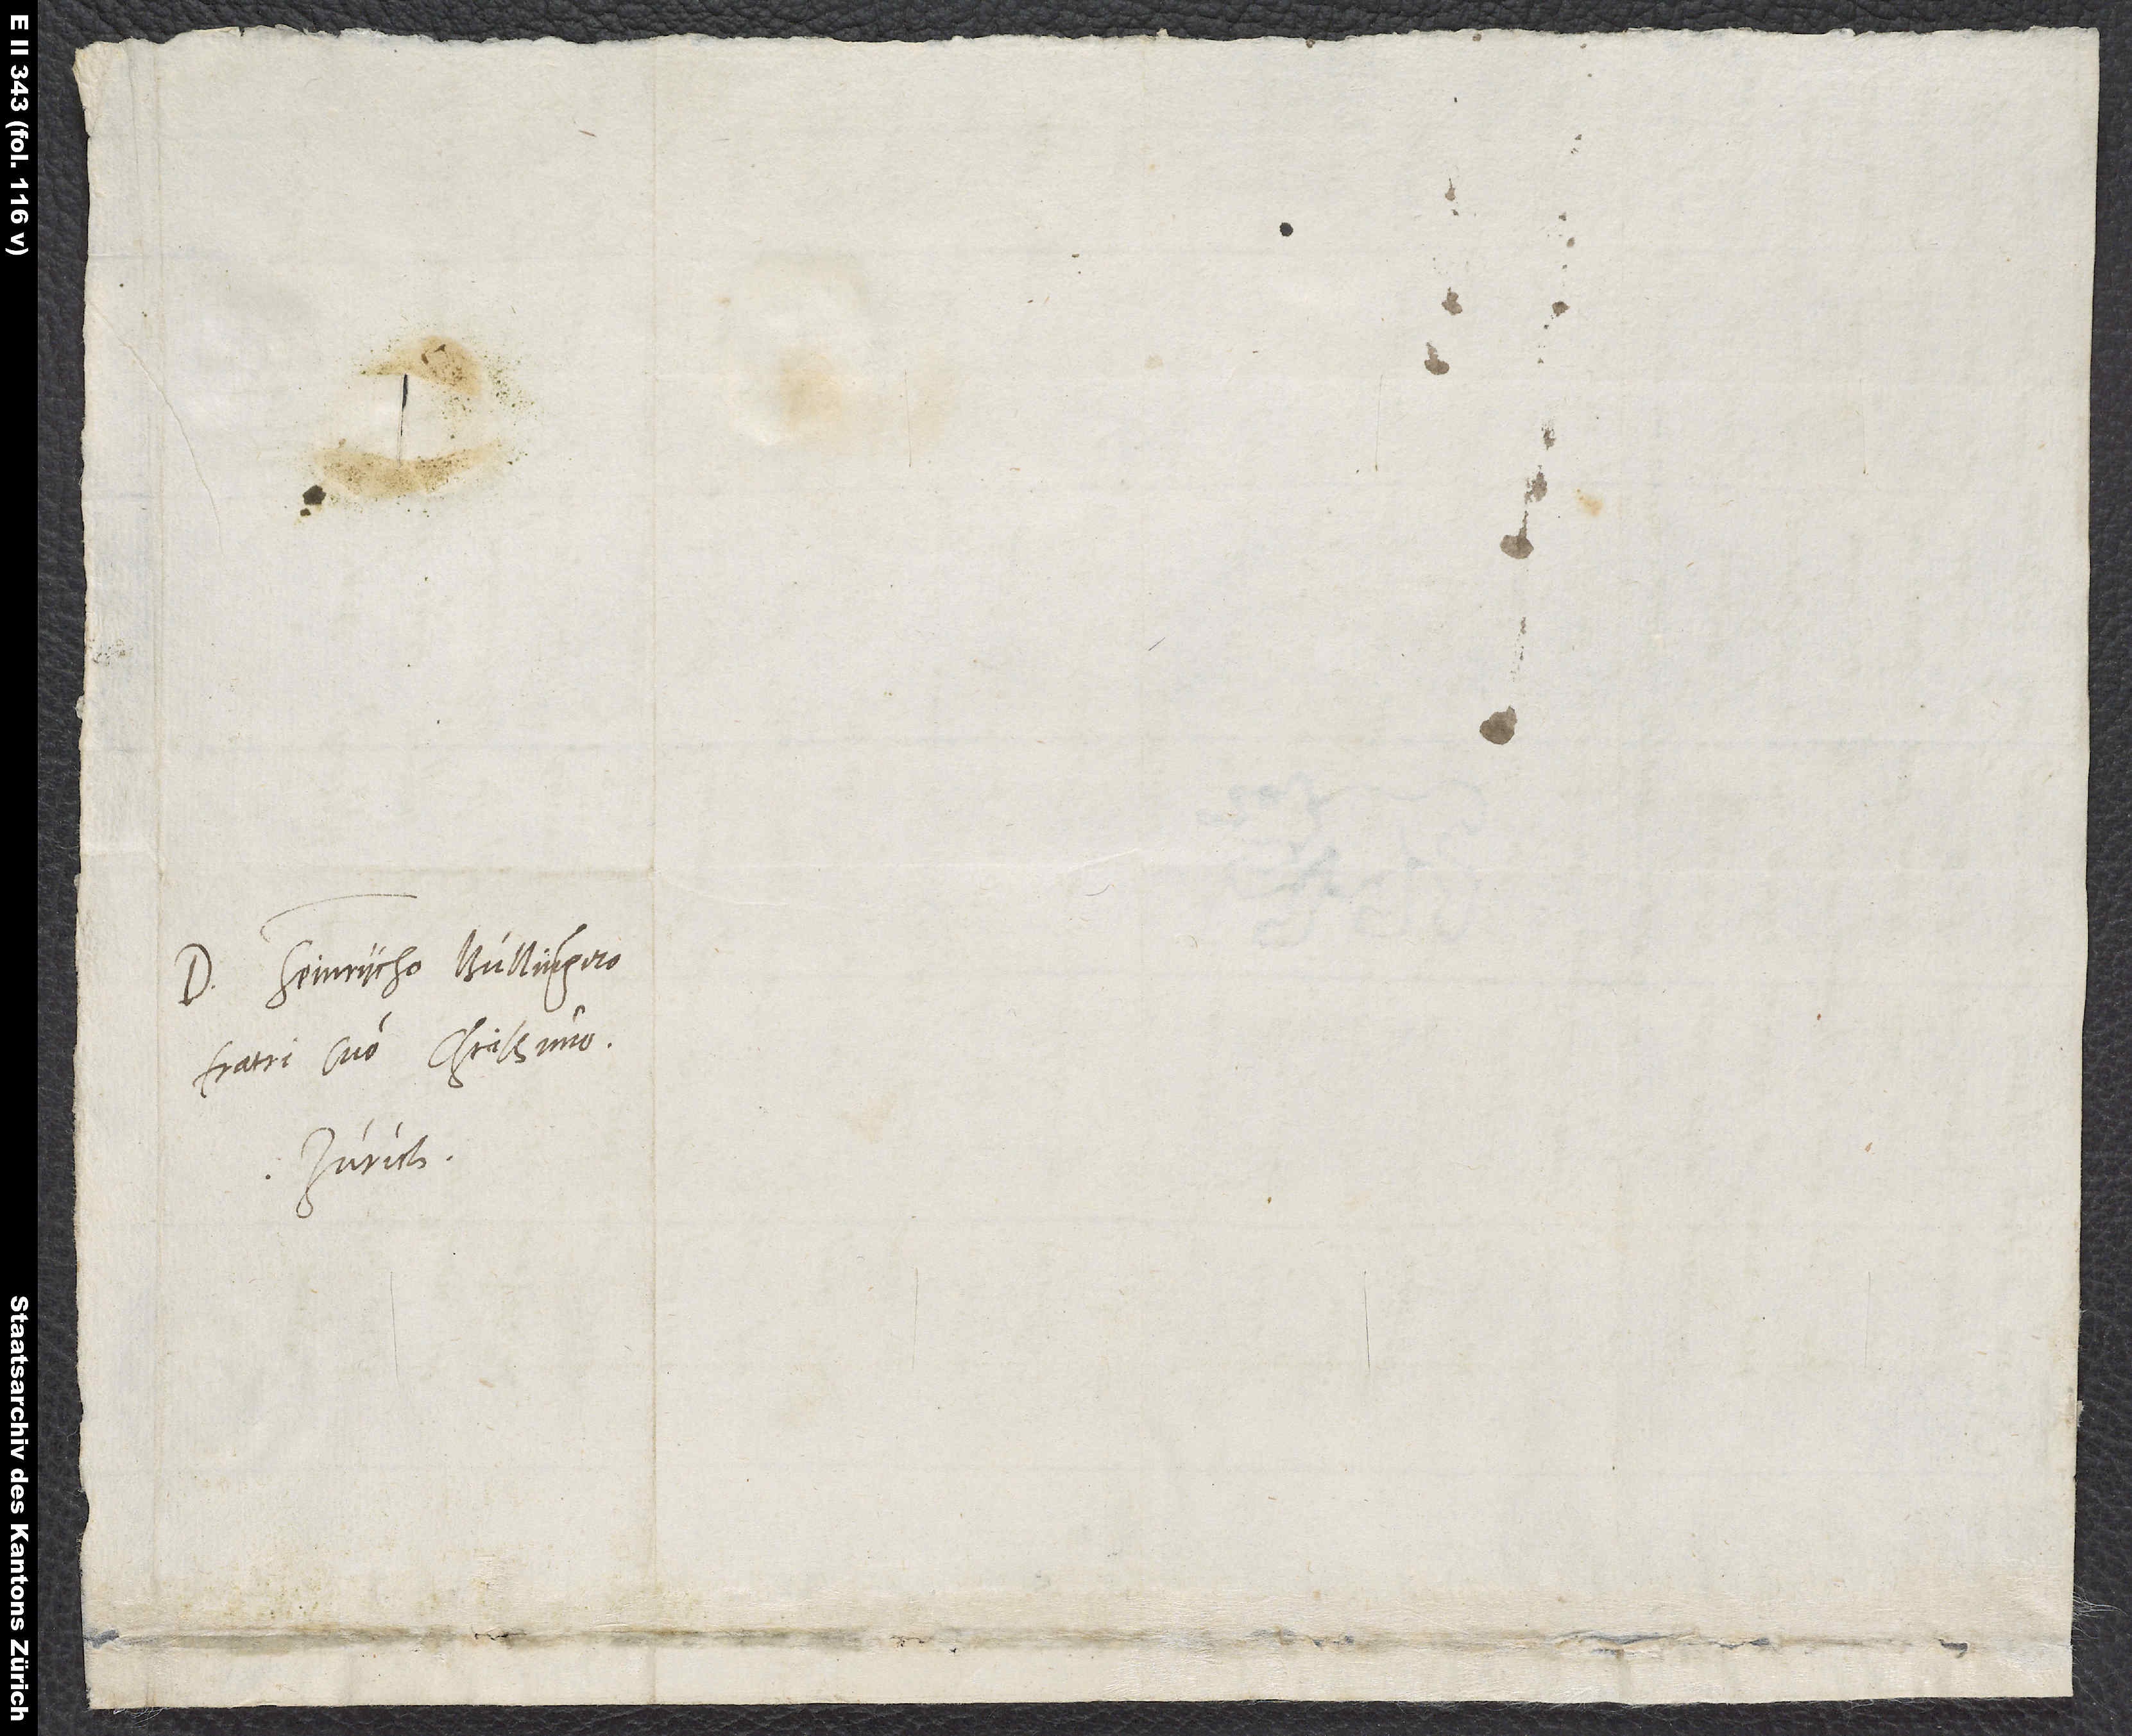
Domino Heinrycho Bullingero,
fratri suo charissimo.
Zurich.